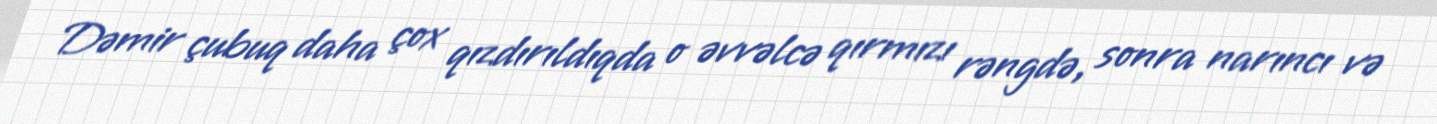
Dəmir çubuq daha çox qızdırıldıqda o əvvəlcə qırmızı rəngdə, sonra narıncı və